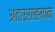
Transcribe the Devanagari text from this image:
अताउररहमान